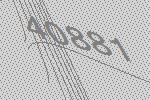
40881